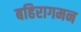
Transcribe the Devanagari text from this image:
बहिरागमन